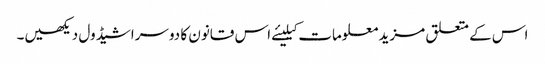
اس کے متعلق مزید معلومات کیلیئے اس قانون کا دوسراشیڈول دیکھیں۔